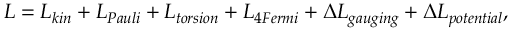
{ \cal L } = { \cal L } _ { k i n } + { \cal L } _ { P a u l i } + { \cal L } _ { t o r s i o n } + { \cal L } _ { 4 F e r m i } + \Delta { \cal L } _ { g a u g i n g } + \Delta { \cal L } _ { p o t e n t i a l } ,